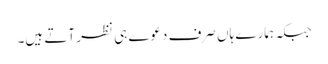
جبکہ ہمارے ہاں صرف دعوے ہی نظر آتے ہیں۔